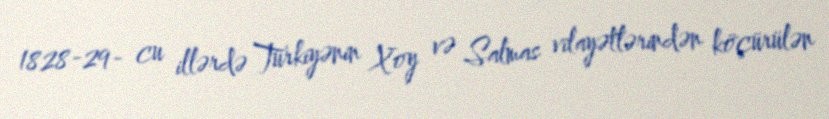
1828-29- cu illərdə Türkiyənin Xoy və Salmas vilayətlərindən köçürülən